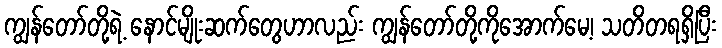
ကျွန်တော်တို့ရဲ့ နောင်မျိုးဆက်တွေဟာလည်း ကျွန်တော်တို့ကိုအောက်မေ့၊ သတိတရရှိပြီး